Civil Veterinary Department. Central Provinces & Berar 1925-31 - 1925-1931
Year: 1925
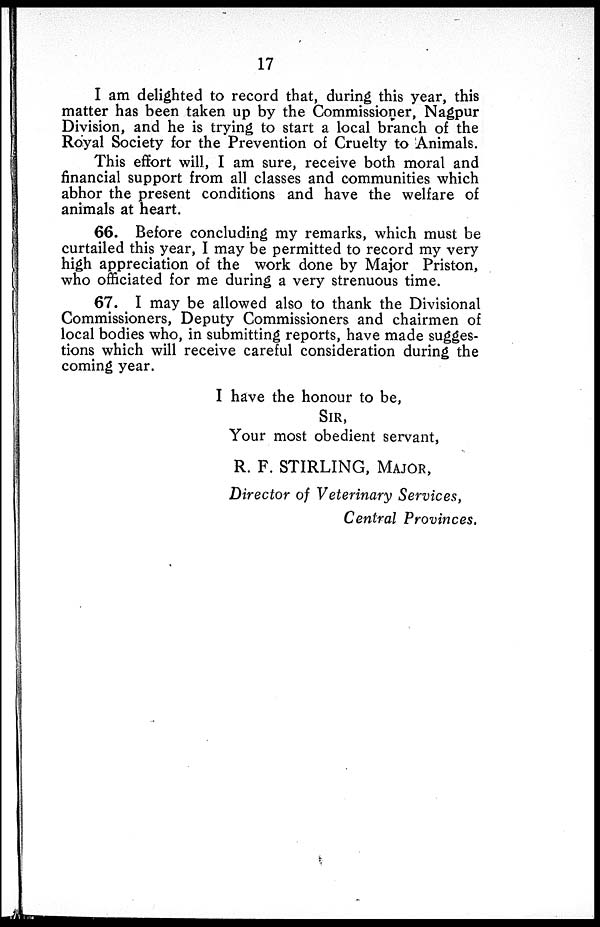
17
I am delighted to record that, during this year, this
matter has been taken up by the Commissioner, Nagpur
Division, and he is trying to start a local branch of the
Royal Society for the Prevention of Cruelty to Animals.
This effort will, I am sure, receive both moral and
financial support from all classes and communities which
abhor the present conditions and have the welfare of
animals at heart.
66. Before concluding my remarks, which must be
curtailed this year, I may be permitted to record my very
high appreciation of the work done by Major Priston,
who officiated for me during a very strenuous time.
67. I may be allowed also to thank the Divisional
Commissioners, Deputy Commissioners and chairmen of
local bodies who, in submitting reports, have made sugges-
tions which will receive careful consideration during the
coming year.
I have the honour to be,
SIR,
Your most obedient servant,
R. F. STIRLING, MAJOR,
Director of Veterinary Services,
Central Provinces.